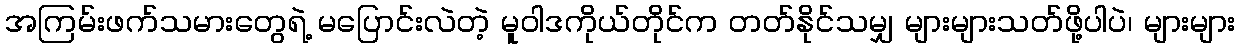
အကြမ်းဖက်သမားတွေရဲ့ မပြောင်းလဲတဲ့ မူဝါဒကိုယ်တိုင်က တတ်နိုင်သမျှ များများသတ်ဖို့ပါပဲ၊ များများ